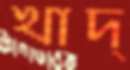
খাদ্